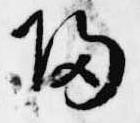
帰